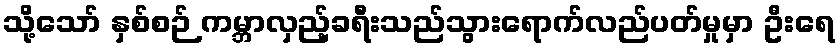
သို့သော် နှစ်စဉ် ကမ္ဘာလှည့်ခရီးသည်သွားရောက်လည်ပတ်မှုမှာ ဦးရေ